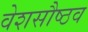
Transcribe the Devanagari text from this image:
वेशसौष्ठव